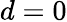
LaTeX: d=0